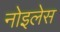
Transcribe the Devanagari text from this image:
नोइलेस